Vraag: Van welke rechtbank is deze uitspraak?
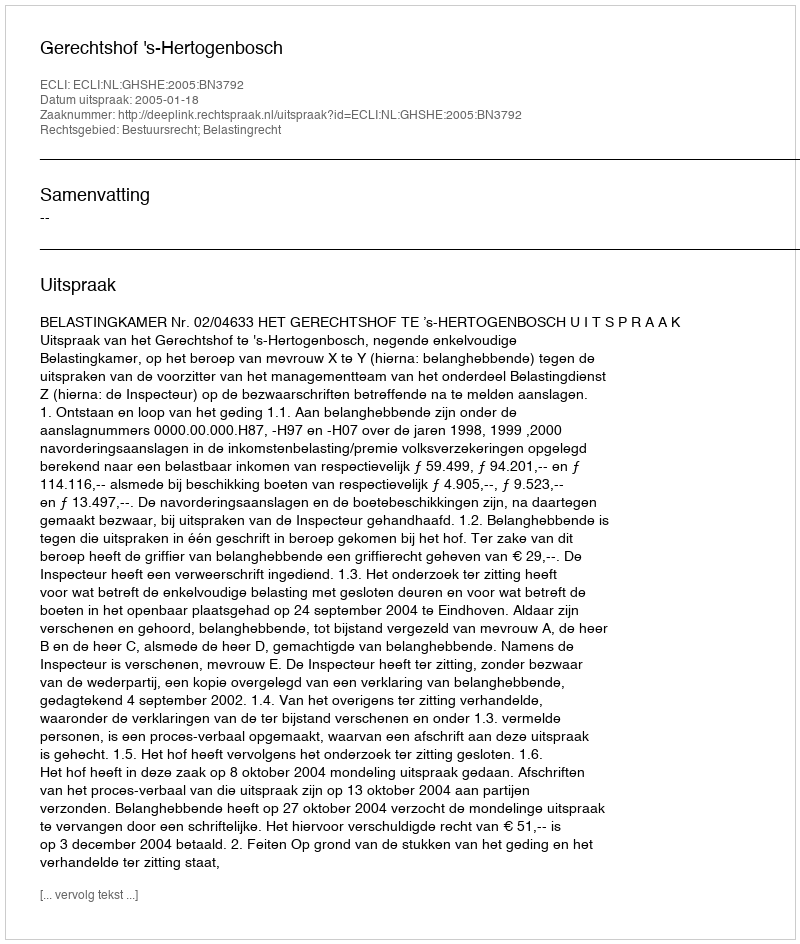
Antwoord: Gerechtshof 's-Hertogenbosch